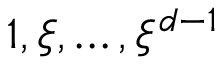
1 , \xi , \dots , \xi ^ { d - 1 }